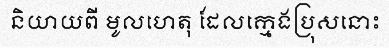
និយាយពី មូលហេតុ ដែលក្មេងប្រុសនោះ